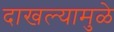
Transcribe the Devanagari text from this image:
दाखल्यामुळे